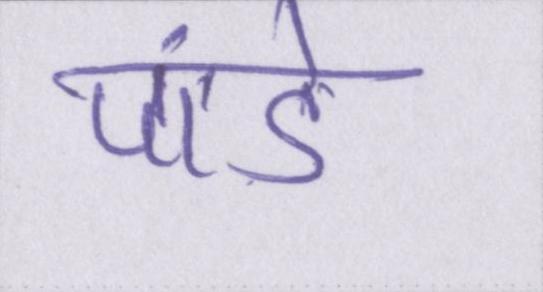
पांडे